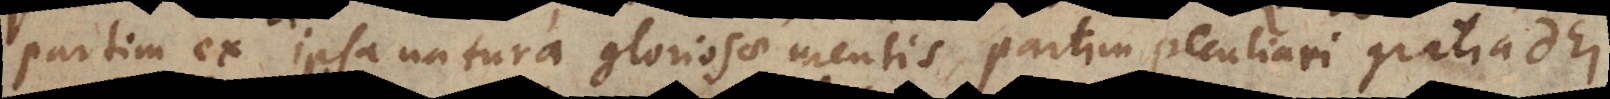
partim ex ipsa natura gloriosae mentis, partim gratia De